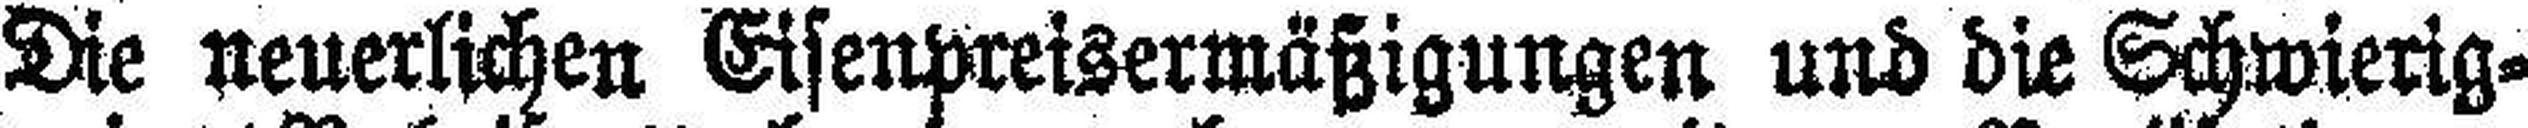
Die neuerlichen Eisenpreisermäßigungen und die Schwierig¬